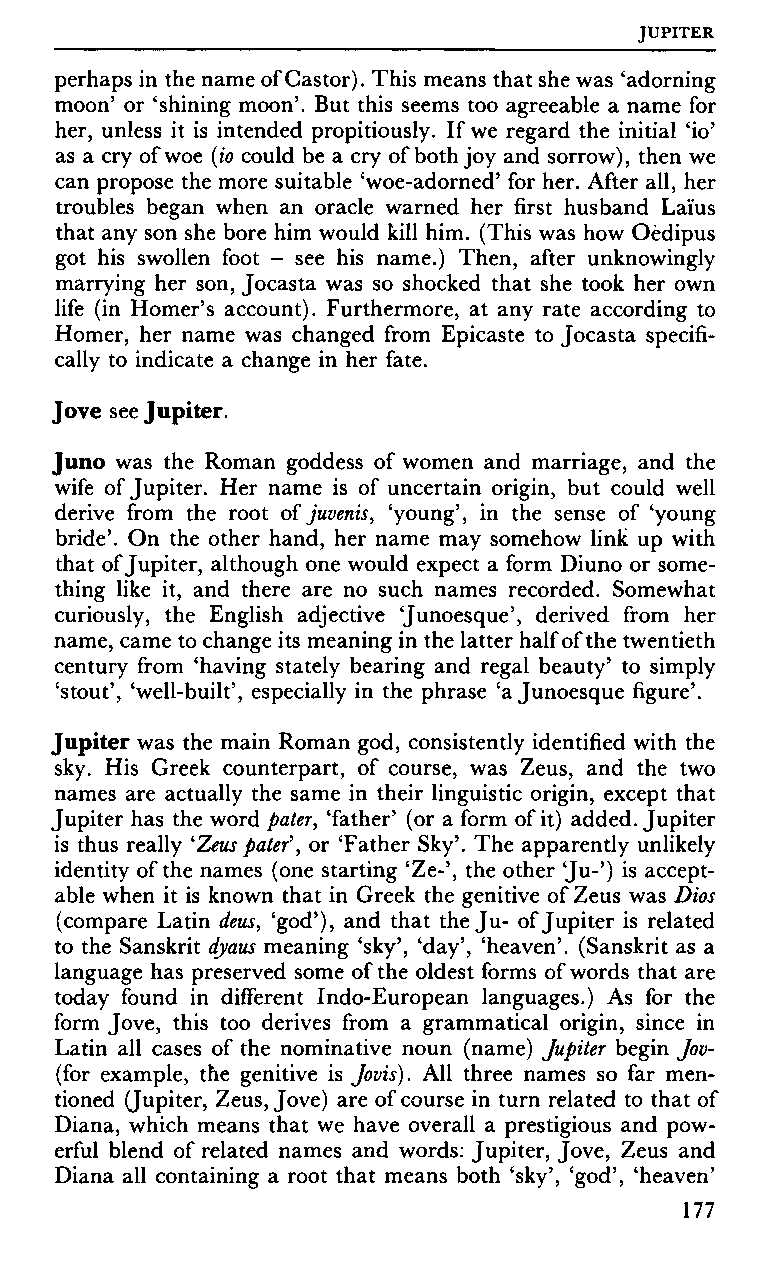
JUPITER
 perhaps in the name of Castor). This means that she was 'adorning
 moon' or 'shining moon5. But this seems too agreeable a name for
 her, unless it is intended propitiously. If we regard the initial 'io'
 as a cry of woe (io could be a cry of both joy and sorrow), then we
 can propose the more suitable 'woe-adorned' for her. After all, her
 troubles began when an oracle warned her first husband Laïus
 that any son she bore him would kill him. (This was how Oedipus
 got his swollen foot - see his name.) Then, after unknowingly
 marrying her son, Jocasta was so shocked that she took her own
 life (in Homer's account). Furthermore, at any rate according to
 Homer, her name was changed from Epicaste to Jocasta specifi
 cally to indicate a change in her fate.
 Jove see Jupiter.
 Juno was the Roman goddess of women and marriage, and the
 wife of Jupiter. Her name is of uncertain origin, but could well
 derive from the root of juvenis, 'young', in the sense of 'young
 bride'. On the other hand, her name may somehow link up with
 that of Jupiter, although one would expect a form Diuno or some
 thing like it, and there are no such names recorded. Somewhat
 curiously, the English adjective 'Junoesque', derived from her
 name, came to change its meaning in the latter half of the twentieth
 century from 'having stately bearing and regal beauty' to simply
 'stout', 'well-built', especially in the phrase 'a Junoesque figure'.
 Jupiter was the main Roman god, consistently identified with the
 sky. His Greek counterpart, of course, was Zeus, and the two
 names are actually the same in their linguistic origin, except that
 Jupiter has the word pater, 'father' (or a form of it) added. Jupiter
 is thus really 'Zeus pater\ or 'Father Sky'. The apparently unlikely
 identity of the names (one starting 'Ze-', the other 'Ju-') is accept
 able when it is known that in Greek the genitive of Zeus was Dios
 (compare Latin deus, 'god'), and that the Ju- of Jupiter is related
 to the Sanskrit dyaus meaning 'sky', 'day', 'heaven'. (Sanskrit as a
 language has preserved some of the oldest forms of words that are
 today found in different Indo-European languages.) As for the
 form Jove, this too derives from a grammatical origin, since in
 Latin all cases of the nominative noun (name) Jupiter begin Jov-
 (for example, the genitive is Jovis). All three names so far men
 tioned (Jupiter, Zeus, Jove) are of course in turn related to that of
 Diana, which means that we have overall a prestigious and pow
 erful blend of related names and words: Jupiter, Jove, Zeus and
 Diana all containing a root that means both 'sky', 'god', 'heaven'
 177